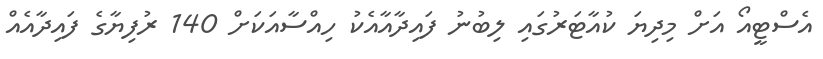
އެސްޓީއޯ އަށް މިދިޔަ ކުއާޓަރުގައި ލިބުނު ފައިދާއާއެކު ހިއްސާއަކަށް 140 ރުފިޔާގެ ފައިދާއެއް